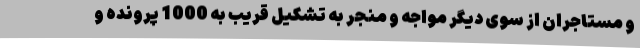
و مستاجران از سوی دیگر مواجه و منجر به تشکیل قریب به 1000 پرونده و